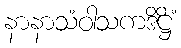
နာနာသံဝါသကဒိဋ္ဌိံ